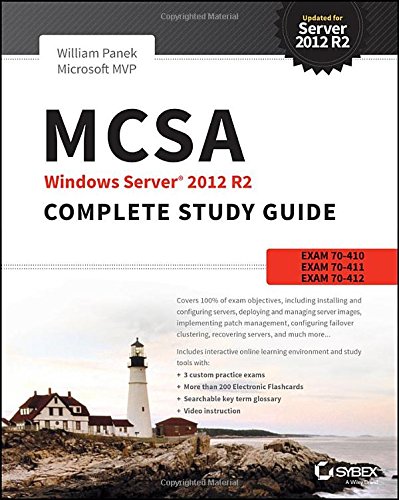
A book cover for MCSA Windows Server 2012 R2 Complete Study Guide: Exams 70-410, 70-411, 70-412, and 70-417; William Panek; Computers & Technology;